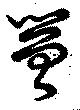
罾